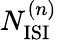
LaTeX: N_{\mathrm{ISI}}^{(n)}